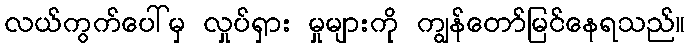
လယ်ကွက်ပေါ်မှ လှုပ်ရှား မှုများကို ကျွန်တော်မြင်နေရသည်။